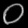
Digit: ၀